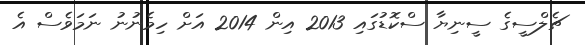
ޗެލްސީގެ ސީނިޔާ ސްކޮޑުގައި 2013 އިން 2014 އަށް ހިމެނުނު ނަމަވެސް އެ